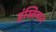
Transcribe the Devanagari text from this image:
इंस्तिमान